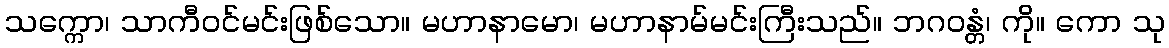
သက္ကော၊ သာကီဝင်မင်းဖြစ်သော။ မဟာနာမော၊ မဟာနာမ်မင်းကြီးသည်။ ဘဂဝန္တံ၊ ကို။ ကော သု